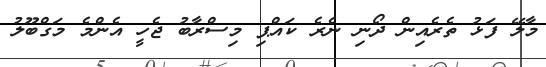
މާލޭ ފަޅު ތެރެއިން ދޯނި ނެރެ ކައްޕި މިސްރާބު ޖެހީ އެންމެ މަގްބޫލު